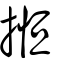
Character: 搄